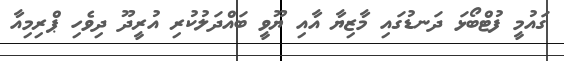
ގައުމީ ފުޓްބޯޅަ ދަނޑުގައި މާޒިޔާ އާއި ޔޫވީ ބައްދަލުކުރި އުރީދޫ ދިވެހި ޕްރިމިއާ